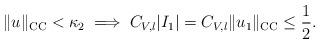
LaTeX: \begin{align*}\|u\|_{\textsc{CC}}<\kappa_{2}\implies C_{V,l}|I_{1}|=C_{V,l}\|u_1\|_{\textsc{CC}}\leq\frac{1}{2}.\end{align*}